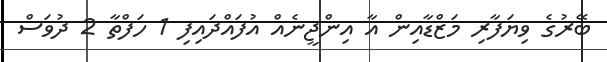
ބޭރުގެ ވިޔަފާރި މަޒްޑާއިން އާ އިންޖީނެއް އުފައްދައިފި 1 ހަފްތާ 2 ދުވަސް